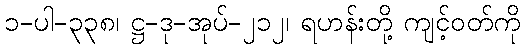
၁-ပါ-၃၃၈၊ ဋ္ဌ-ဒု-အုပ်-၂၁၂၊ ရဟန်းတို့ ကျင့်ဝတ်ကို